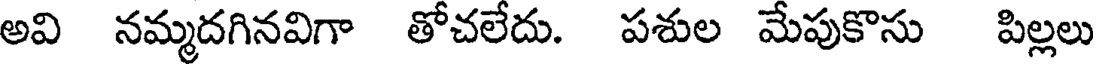
అవి నమ్మదగినవిగా తోచలేదు. పశుల మేపుకొసు పిల్లలు